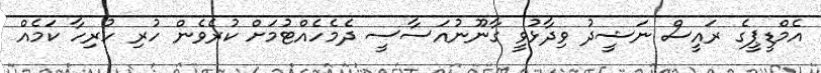
އެމްޑީޕީގެ ރައީސް ނަޝީދު ވިދާޅުވީ ގާނޫނުއަސާސީ ދެމެހެއްޓުމަށް ކުރެވެން ހުރި ހުރިހާ ކަމެއް